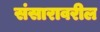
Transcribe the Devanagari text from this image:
संसारावरील